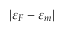
| \varepsilon _ { F } - \varepsilon _ { m } |